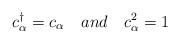
LaTeX: \begin{align*}c^{\dagger}_{\alpha} = c_{\alpha} \ \ \ and \ \ \ c^{2}_{\alpha}=1\end{align*}